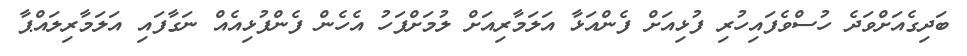
ބަދިގެއަށްވަދެ ހުސްވެފައިހުރި ފުޅިއަށް ފެންއަޅާ އަލަމާރިއަށް ލުމަށްފަހު އެހެން ފެންފުޅިއެއް ނަގާފައި އަލަމާރިލައްޕާ